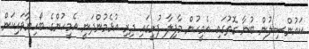
ކައުންސިލުން ބުނާ ގޮތުގައި އެމީހުން މާފިލާ ފުށީގައި ދިރި އުޅެމުންދަނީ އެމީހުންގެ ބޯހިޔާވަހިކަން